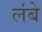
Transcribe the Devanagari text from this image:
लंबे